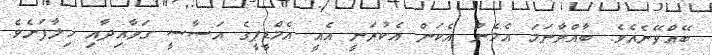
ބޭއްވޭނެއެވެ. ބާއްވާނަމަ އެމެން އެކަން އެކުރަނީ އެއީ އެމްޑީޕީގެ އަސާސީ ގަވާއިދާއި ޚިލާފަށެވެ.